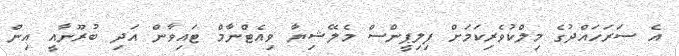
އެ ސަރަހައްދުގެ މިލްކުވެރިކަމަށް ފިލިޕީންސް މެލޭޝިޔާ ވިއެޓްނާމް ޓައިވާން އަދި ބުރޫނާއީ އިން